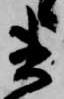
書